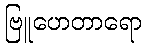
ဗြူဟေတာရော